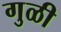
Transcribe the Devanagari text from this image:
गुळी